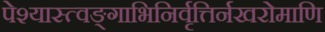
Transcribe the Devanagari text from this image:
पेश्यास्त्वङ्गाभिनिर्वृत्तिर्नखरोमाणि